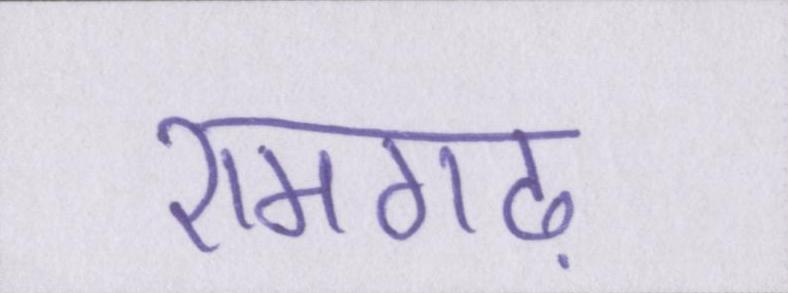
रामगढ़